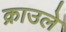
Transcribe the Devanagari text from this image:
क्राउले